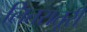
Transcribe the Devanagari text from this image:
लितरातूरी